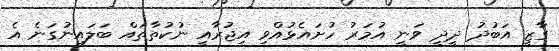
ގާޒީ އަބުދު ދީދީ ވަނީ އުމަރު ހުށައެޅުއްވި އިޖުރާއީ ނުކުތާތައް ބަލައިނުގަނެ އެ